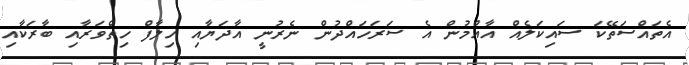
އެތައްސަތޭކަ ސައިކަލެއް އާއްމުން އެ ސަރަހައްދުން ނެރުނީ އާދަޔާއި ހިލާފް ހިތްވަރާއި ބާރަކާއި